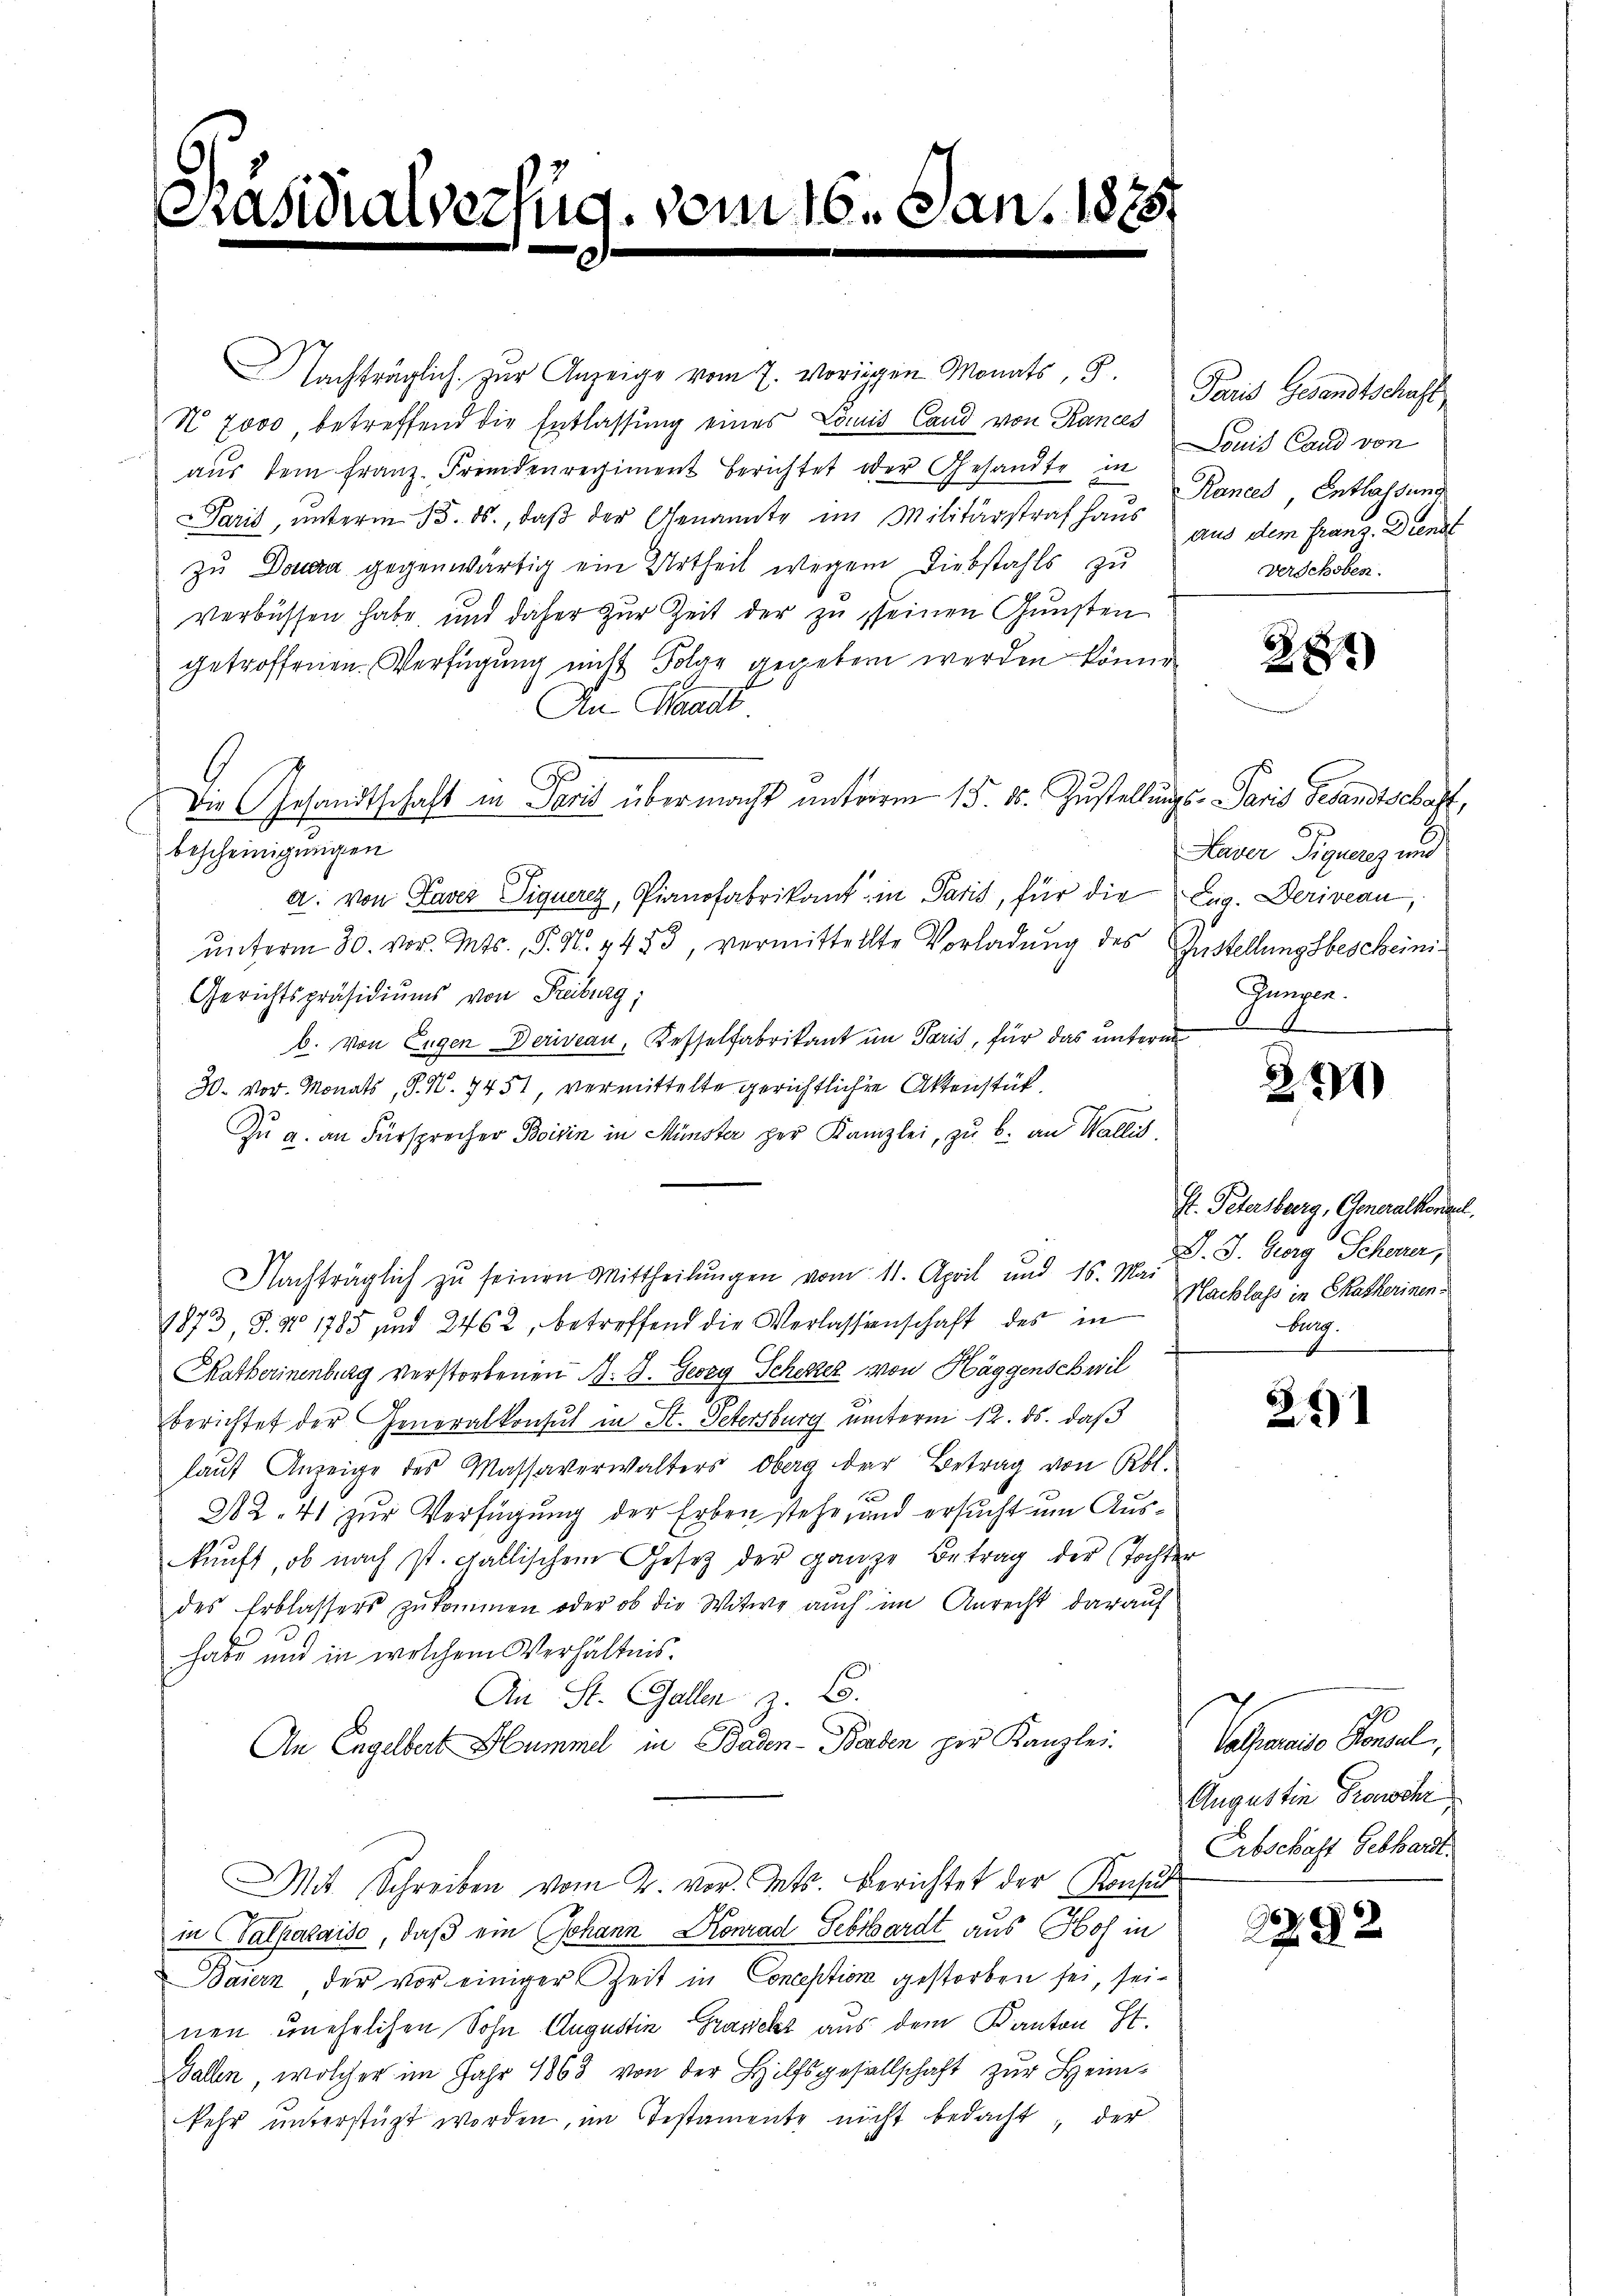
20

Nachträglich zur Anzeige vom 7. vorigen Monats, S. Paris Gesandtschaft,
N 7000 betreffend die Entlassung eines Lomis Land von Rances
aŭs dem Franz Fremdenregiment berichtet oder Gesandte in Louis Land von
Paris, ŭnterm 15. ds., daβ der Genannte im Militärstrafhaŭs Kanzes, Entlassung
zu Donara gegenwärtig ein Urtheil wegen Diebstahls zu
verbüssen habe und daher zur Zeit der zu seinen Gunsten
getroffenen Verfügung nicht Folge gegeben werden könne.
An Waadt
Die Gesandtschaft in Paris übermacht unterm 15. ds. Zustellungs-Paris Gesandtschaft,
bescheinigungen
a. von Laver Siqueres, Pianofabrikant, in Paris, für die Zug. Deriveau,
ŭnterm 30. vor. Mts., P. N. 4453, vermittellte Vorladŭng des Zustellungsbescheini¬
Gerichtspräsidiums von Freiburg;
b. von Eugen Deriveau, Kesselfabrikant im Paris, für das unterm
30. vor. Monats, S. N. 7451, vermittelte gerichtlichen Aktenstück.
Zu a. an Fürsprecher Boisin in Münster zur Kanzlei, zu b. an Wallis.
Nachträglich zu seinen Mittheilungen vom 11. April und 16. Mai
1873, S. No 1785 und 2462, betreffend die Verlassenschaft des in
Katherinenburg verstorbenen B. S. Georg Scheker von Häggenschwil
berichtet der Generalkonsul in St. Petersburg unterm 12. ds. daß
laŭf Anzeige des Massaverwalters Oberg der Betrag von Rbl.
A2. 41 zur Verfügung der Erben stehe, und ersucht um Auskunft, ob nach st. gallischem Gesetz der ganze Betrag der Tochter
des Erblassers zukommen oder ob die Witwe auch im Anrecht darauf
habe und in welchem Verhältnis.
An St. Gallen z. B.
An Engelbert Hummel in Baden-Baden per Kanzlei-
Mit Schreiben vom 2. vor. Mts. Berichtet der Konsul
in Valpalaise, daß ein Johann Konrad Gebhardt aus Hof in
Baiern, der vor einiger Zeit in Conception gestorben sei, seinen unehelichen Sohn Augustin Grascht aus dem Kanton St.
Ballen, welcher im Jahr 1863 von der Hilfsgesellschaft zur Heimkehr ŭnterstüzt worden, im Testamente nicht bedacht, der

Versud. vom 16. Jan. 1875.

8

aus dem Franz. Dienst
Verschoben.

28

Haver Signarez und
Zungen.
E

271)

I. Petersberg, Generalkommel.
D. J. Georg Scheuer,
Nachlass in Thatkerinen.
Burg.

261

Vaterie Paral
Augustin Transchri
Erbschaft Gebhardt.

292